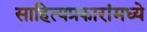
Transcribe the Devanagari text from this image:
साहित्यप्रकारांमध्ये